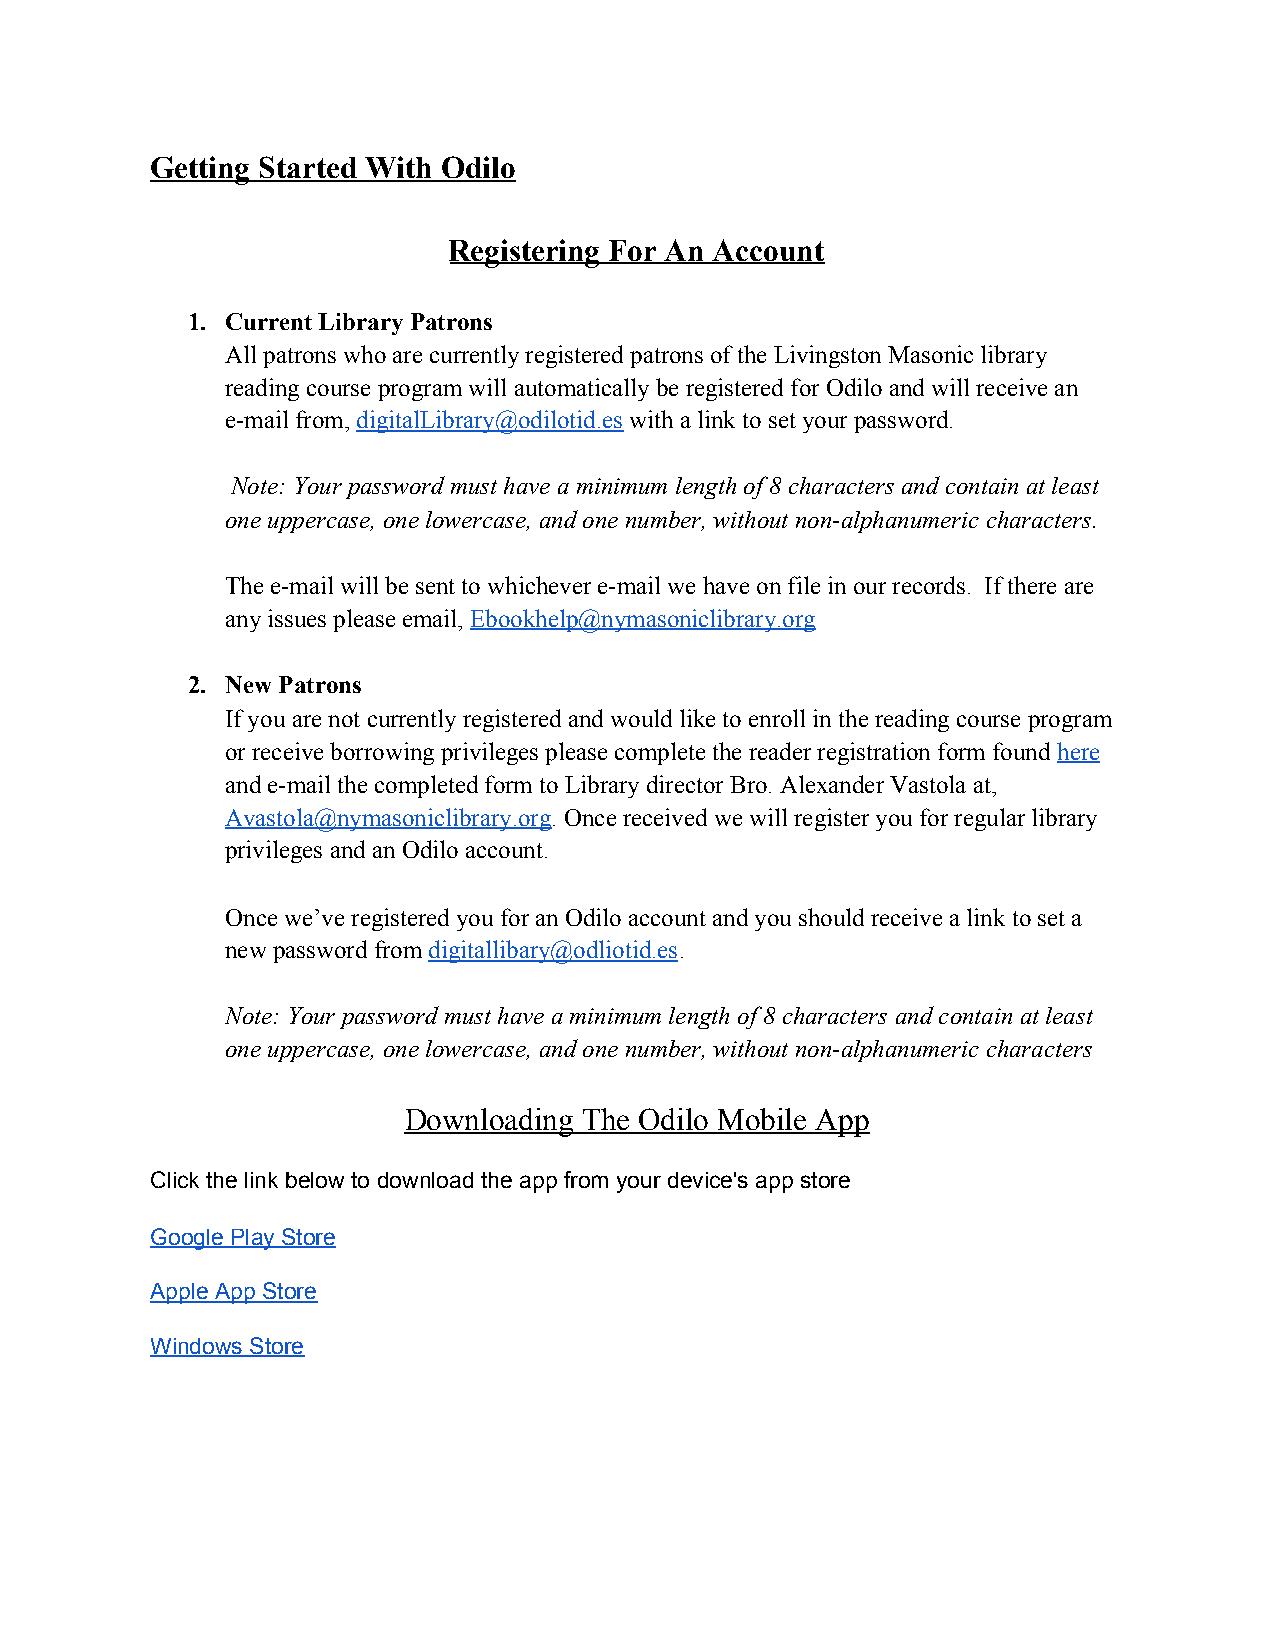
Getting Started With Odilo
 Registering For An Account
 1. Current Library Patrons
 All patrons who are currently registered patrons of the Livingston Masonic library
 reading course program will automatically be registered for Odilo and will receive an
 e-mail from, digitalLibrary@odilotid.es with a link to set your password.
 ​                ​
 Note: Your password must have a minimum length of 8 characters and contain at least
 ​
 one uppercase, one lowercase, and one number, without non-alphanumeric characters.
 The e-mail will be sent to whichever e-mail we have on file in our records. If there are
 any issues please email, Ebookhelp@nymasoniclibrary.org
 ​
 2. New Patrons
 If you are not currently registered and would like to enroll in the reading course program
 or receive borrowing privileges please complete the reader registration form found here
 ​
 and e-mail the completed form to Library director Bro. Alexander Vastola at,
 Avastola@nymasoniclibrary.org. Once received we will register you for regular library
 ​
 privileges and an Odilo account.
 Once we’ve registered you for an Odilo account and you should receive a link to set a
 new password from digitallibary@odliotid.es.
 ​                ​
 Note: Your password must have a minimum length of 8 characters and contain at least
 one uppercase, one lowercase, and one number, without non-alphanumeric characters
 Downloading The Odilo Mobile App
 Click the link below to download the app from your device's app store
 Google Play Store
 Apple App Store
 Windows Store